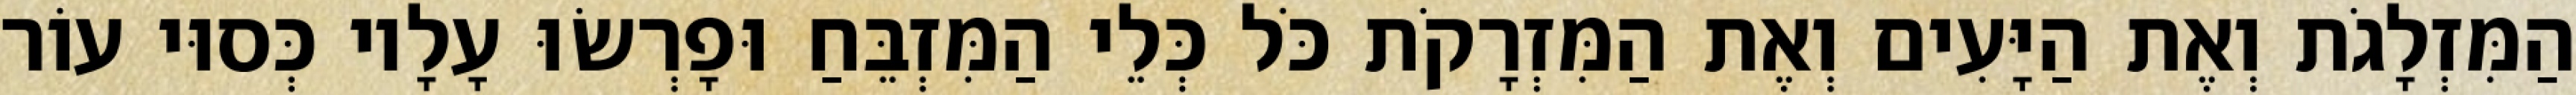
הַמִּזְלָגֹת וְאֶת הַיָּעִים וְאֶת הַמִּזְרָקֹת כֹּל כְּלֵי הַמִּזְבֵּחַ וּפָרְשׂוּ עָלָיו כְּסוּי עוֹר